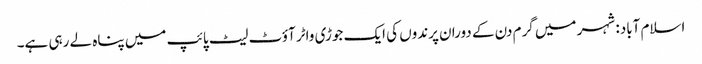
اسلام آباد: شہر میں گرم دن کے دوران پرندوں کی ایک جوڑی واٹر آؤٹ لیٹ پائپ میں پناہ لے رہی ہے۔